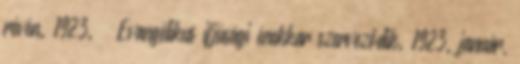
révén. 1923. – Evangélikus ifjúsági énekkar szerveződik. 1923. január,